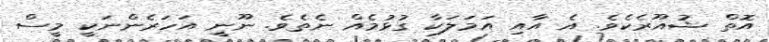
އޮތް ޝުއޫރެކެވެ. އެ އާއި އަމަލަކާ ގުޅުމެއް ނެތެވެ. ނޫނީ އަހަރެންނަކީ މީސް